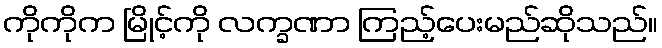
ကိုကိုက မြိုင့်ကို လက္ခဏာ ကြည့်ပေးမည်ဆိုသည်။